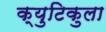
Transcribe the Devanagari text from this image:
क्युटिकुला